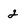
Character: 2